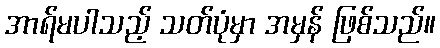
အာရ်မပါသည့် သတ်ပုံမှာ အမှန် ဖြစ်သည်။